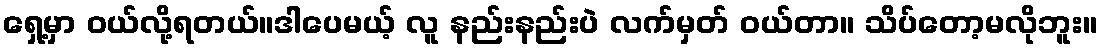
ရှေ့မှာ ဝယ်လို့ရတယ်။ဒါပေမယ့် လူ နည်းနည်းပဲ လက်မှတ် ဝယ်တာ။ သိပ်တော့မလိုဘူး။